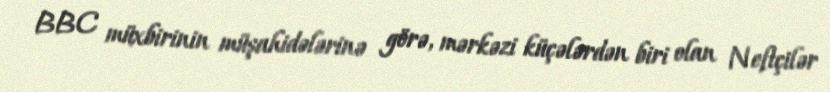
BBC müxbirinin müşahidələrinə görə, mərkəzi küçələrdən biri olan Neftçilər